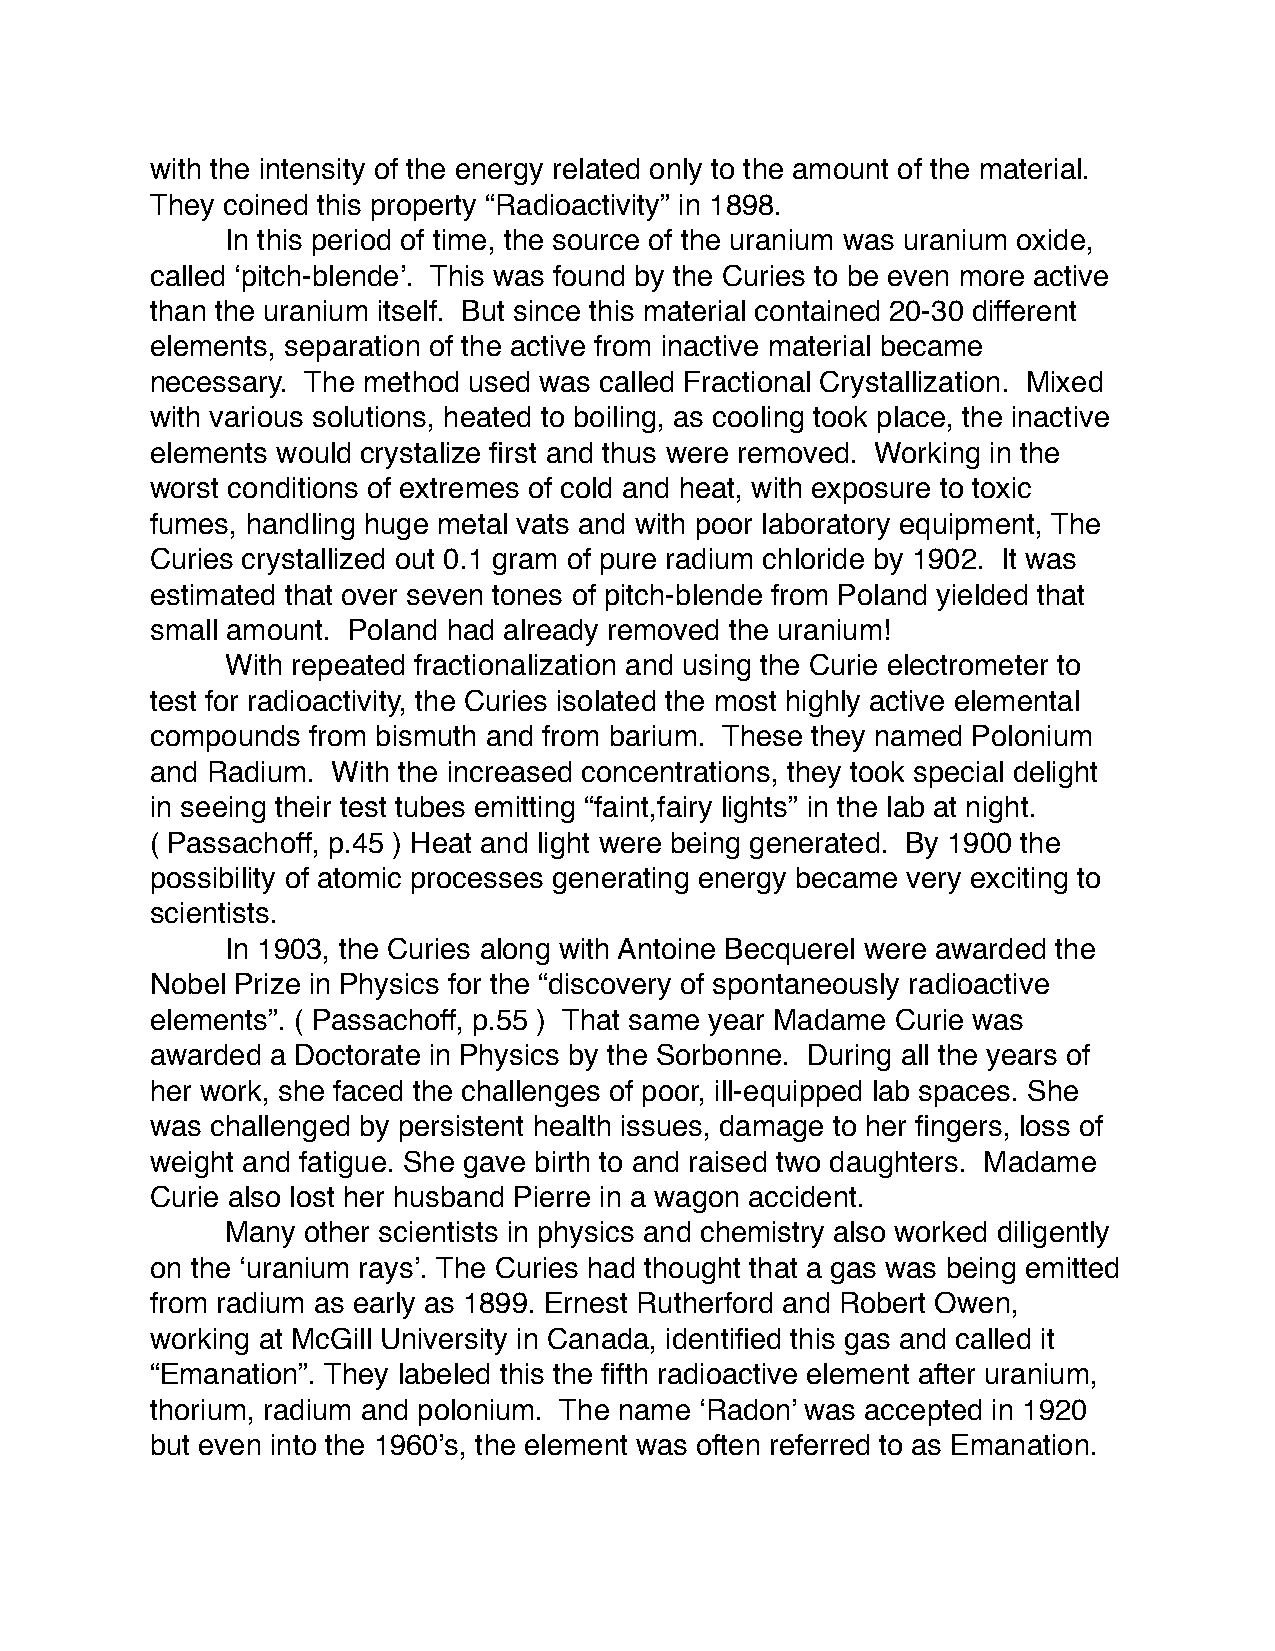
with the intensity of the energy related only to the amount of the material.
 They coined this property “Radioactivity” in 1898.
 In this period of time, the source of the uranium was uranium oxide,
 called ‘pitch-blende’. This was found by the Curies to be even more active
 than the uranium itself. But since this material contained 20-30 different
 elements, separation of the active from inactive material became
 necessary. The method used was called Fractional Crystallization. Mixed
 with various solutions, heated to boiling, as cooling took place, the inactive
 elements would crystalize first and thus were removed. Working in the
 worst conditions of extremes of cold and heat, with exposure to toxic
 fumes, handling huge metal vats and with poor laboratory equipment, The
 Curies crystallized out 0.1 gram of pure radium chloride by 1902. It was
 estimated that over seven tones of pitch-blende from Poland yielded that
 small amount. Poland had already removed the uranium!
 With repeated fractionalization and using the Curie electrometer to
 test for radioactivity, the Curies isolated the most highly active elemental
 compounds from bismuth and from barium. These they named Polonium
 and Radium. With the increased concentrations, they took special delight
 in seeing their test tubes emitting “faint,fairy lights” in the lab at night.
 ( Passachoff, p.45 ) Heat and light were being generated. By 1900 the
 possibility of atomic processes generating energy became very exciting to
 scientists.
 In 1903, the Curies along with Antoine Becquerel were awarded the
 Nobel Prize in Physics for the “discovery of spontaneously radioactive
 elements”. ( Passachoff, p.55 ) That same year Madame Curie was
 awarded a Doctorate in Physics by the Sorbonne. During all the years of
 her work, she faced the challenges of poor, ill-equipped lab spaces. She
 was challenged by persistent health issues, damage to her fingers, loss of
 weight and fatigue. She gave birth to and raised two daughters. Madame
 Curie also lost her husband Pierre in a wagon accident.
 Many other scientists in physics and chemistry also worked diligently
 on the ‘uranium rays’. The Curies had thought that a gas was being emitted
 from radium as early as 1899. Ernest Rutherford and Robert Owen,
 working at McGill University in Canada, identified this gas and called it
 “Emanation”. They labeled this the fifth radioactive element after uranium,
 thorium, radium and polonium. The name ‘Radon’ was accepted in 1920
 but even into the 1960’s, the element was often referred to as Emanation.